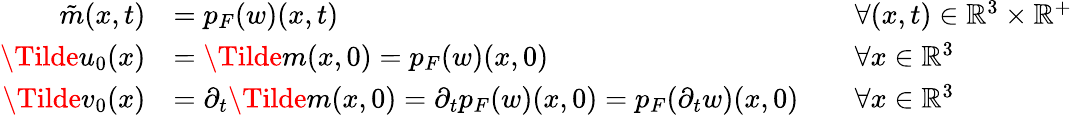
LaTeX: \begin{array}{rlrl}{\tilde{m}(x,t)}&{=p_{F}(w)(x,t)}&&{\forall(x,t)\in\mathbb{R}^{3}\times\mathbb{R}^{+}}\\ {\Tilde{u}_{0}(x)}&{=\Tilde{m}(x,0)=p_{F}(w)(x,0)}&&{\forall x\in\mathbb{R}^{3}}\\ {\Tilde{v}_{0}(x)}&{=\partial_{t}\Tilde{m}(x,0)=\partial_{t}p_{F}(w)(x,0)=p_{F}(\partial_{t}w)(x,0)}&&{\forall x\in\mathbb{R}^{3}}\end{array}